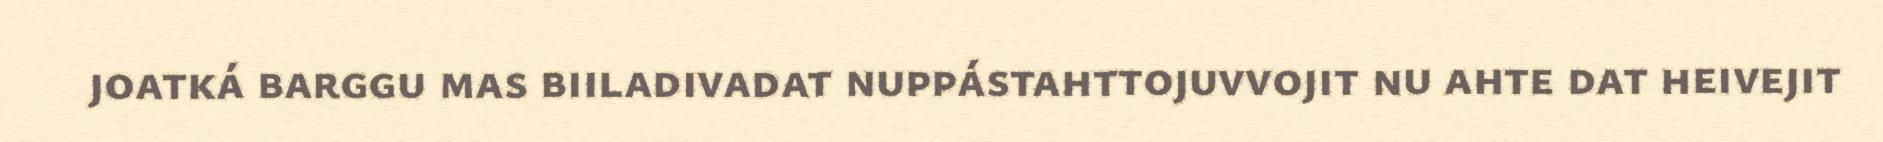
joatká barggu mas biiladivadat nuppástahttojuvvojit nu ahte dat heivejit